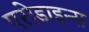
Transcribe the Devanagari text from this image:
एरोडाइन्स